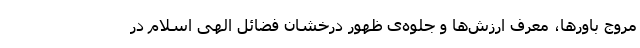
مروج باورها، معرف ارزش‌ها و جلوه‌ی ظهور درخشان فضائل الهی اسلام در